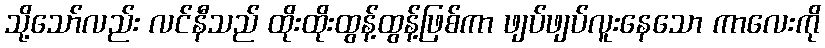
သို့သော်လည်း လင်နီသည် ထိုးထိုးထွန့်ထွန့်ဖြစ်ကာ ဖျပ်ဖျပ်လူးနေသော ကာလေးကို